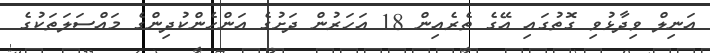
އަނިލް ވިދާޅުވި ގޮތުގައި އޭގެ ތެރެއިން 18 އަހަރުން ދަށުގެ އަންހެންކުދިންގެ މައްސަލަތަކުގެ